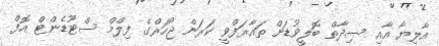
އާލިޔާ އާއި ސިދާތް ބޮލީވުޑަށް ތައާރަފްވީ ކަރަން ޖޯހަރްގެ ފިލްމް ސްޓޫޑެންޓް އޮފް